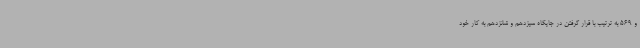
و 569 به ترتیب با قرار گرفتن در جایگاه سیزدهم و شانزدهم به کار خود